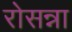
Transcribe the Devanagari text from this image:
रोसन्ना